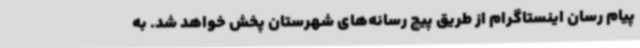
پیام رسان اینستاگرام از طریق پیج رسانه‌های شهرستان پخش خواهد شد. به